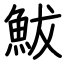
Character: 鮁